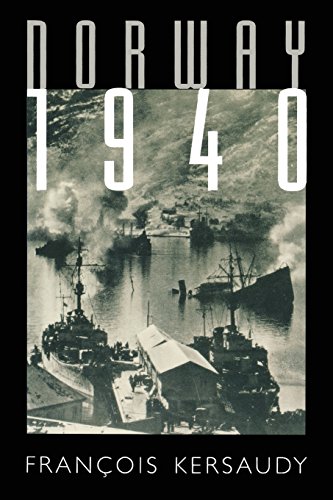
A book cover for Norway 1940 (World War II); Francois Kersaudy; History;